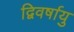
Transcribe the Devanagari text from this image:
द्विवर्षायु